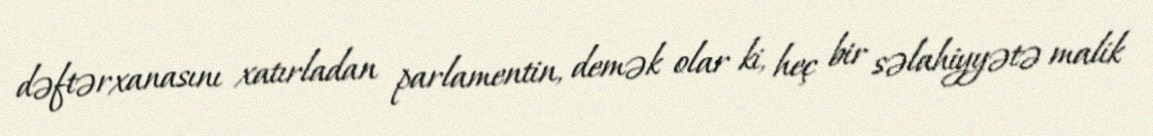
dəftərxanasını xatırladan parlamentin, demək olar ki, heç bir səlahiyyətə malik